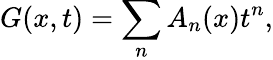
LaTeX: G(x,t)=\sum_{n}A_{n}(x)t^{n},